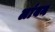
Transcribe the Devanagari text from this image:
लांबन